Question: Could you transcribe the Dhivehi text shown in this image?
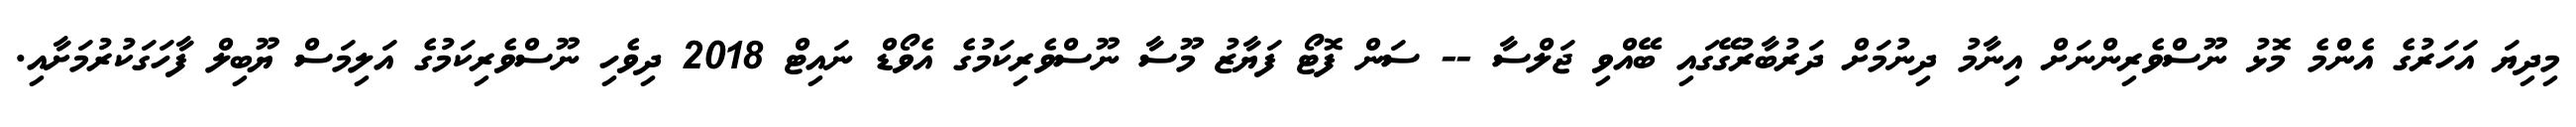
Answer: މިދިޔަ އަހަރުގެ އެންމެ މޮޅު ނޫސްވެރިންނަށް އިނާމު ދިނުމަށް ދަރުބާރުގޭގައި ބޭއްވި ޖަލްސާ -- ސަން ފޮޓޯ ފަޔާޒު މޫސާ ނޫސްވެރިކަމުގެ އެވޯޑް ނައިޓް 2018 ދިވެހި ނޫސްވެރިކަމުގެ އަލިމަސް ޔޫބިލް ފާހަގަކުރުމަށާއި.